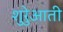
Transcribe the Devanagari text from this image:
शुरेुआती